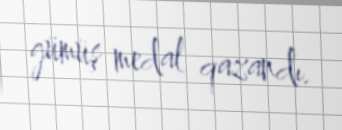
gümüş medal qazandı.